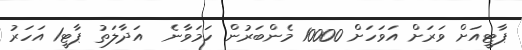
ޕާޓީއަށް ވަރަށް އަވަހަށް 10000 މެންބަރުން ހަމަވާނެ  އަދާލަތު ޕާޓީ1 އަހަރު